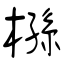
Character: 槂